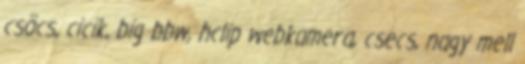
csöcs, cicik, big bbw, hclip webkamera, csecs, nagy mell